Indian journal of veterinary science and animal husbandry - Volumes 22-23, 1952-1953
Year: 1952
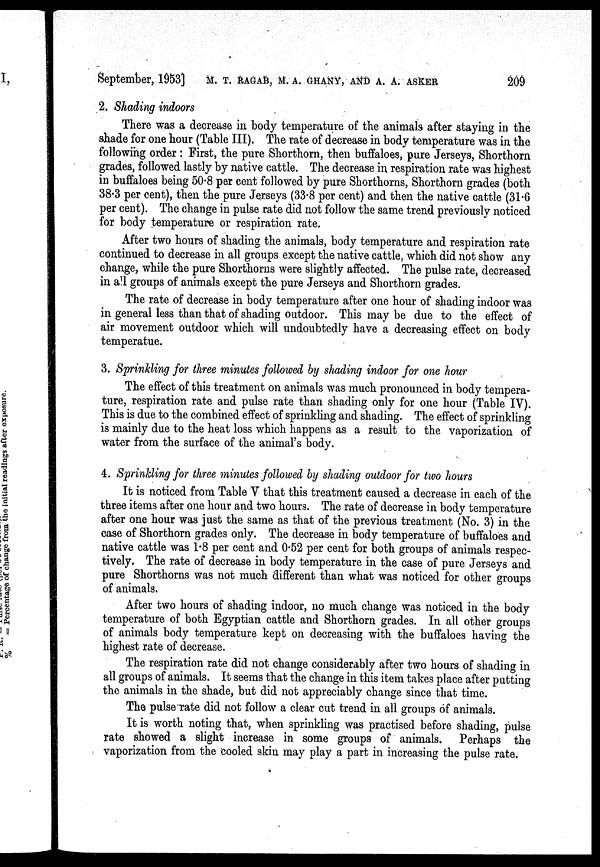
September, 1953] M.T. RAGAB, M.A. GHANY, AND A. A. ASKER 209
2. Shading indoors
There was a decrease in body temperature of the animals after staying in the
shade for one hour (Table III). The rate of decrease in body temperature was in the
following order : First, the pure Shorthorn, then buffaloes, pure Jerseys, Shorthorn
grades, followed lastly by native cattle. The decrease in respiration rate was highest
in buffaloes being 50.8 per cent followed by pure Shorthorns, Shorthorn grades (both
38.3 per cent), then the pure Jerseys (33.8 per cent) and then the native cattle (31.6
per cent). The change in pulse rate did not follow the same trend previously noticed
for body temperature or respiration rate.
After two hours of shading the animals, body temperature and respiration rate
continued to decrease in all groups except the native cattle, which did not show any
change, while the pure Shorthorns were slightly affected. The pulse rate, decreased
in all groups of animals except the pure Jerseys and Shorthorn grades.
The rate of decrease in body temperature after one hour of shading indoor was
in general less than that of shading outdoor. This may be due to the effect of
air movement outdoor which will undoubtedly have a decreasing effect on body
temperatue.
3. Sprinkling for three minutes followed by shading indoor for one hour
The effect of this treatment on animals was much pronounced in body tempera-
ture, respiration rate and pulse rate than shading only for one hour (Table IV).
This is due to the combined effect of sprinkling and shading. The effect of sprinkling
is mainly due to the heat loss which happens as a result to the vaporization of
water from the surface of the animal's body.
4. Sprinkling for three minutes followed by shading outdoor for two hours
It is noticed from Table V that this treatment caused a decrease in each of the
three items after one hour and two hours. The rate of decrease in body temperature
after one hour was just the same as that of the previous treatment (No. 3) in the
case of Shorthorn grades only. The decrease in body temperature of buffaloes and
native cattle was 1.8 per cent and 0.52 per cent for both groups of animals respec-
tively. The rate of decrease in body temperature in the case of pure Jerseys and
pure Shorthorns was not much different than what was noticed for other groups
of animals.
After two hours of shading indoor, no much change was noticed in the body
temperature of both Egyptian cattle and Shorthorn grades. In all other groups
of animals body temperature kept on decreasing with the buffaloes having the
highest rate of decrease.
The respiration rate did not change considerably after two hours of shading in
all groups of animals. It seems that the change in this item takes place after putting
the animals in the shade, but did not appreciably change since that time.
The pulse rate did not follow a clear cut trend in all groups of animals.
It is worth noting that, when sprinkling was practised before shading, pulse
rate showed a slight increase in some groups of animals. Perhaps the
vaporization from the cooled skin may play a part in increasing the pulse rate.